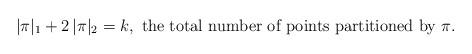
LaTeX: \begin{align*}| \pi |_1 + 2 \, | \pi |_2 = k,\mbox{ the total number of points partitioned by $\pi$}.\end{align*}